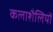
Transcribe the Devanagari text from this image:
कलाशैलियों